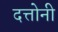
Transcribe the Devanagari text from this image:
दत्तोनी